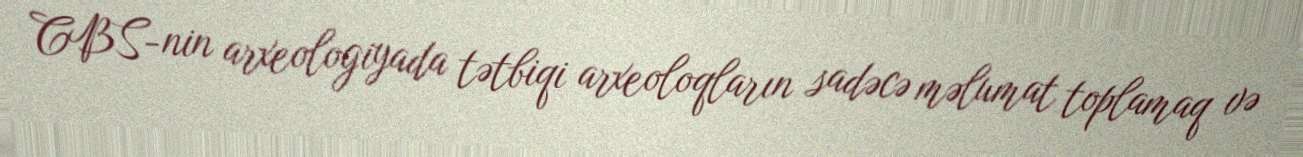
CBS-nin arxeologiyada tətbiqi arxeoloqların sadəcə məlumat toplamaq və